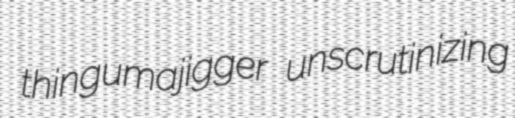
thingumajigger unscrutinizing